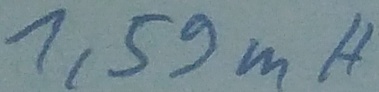
Text: 1,59mH